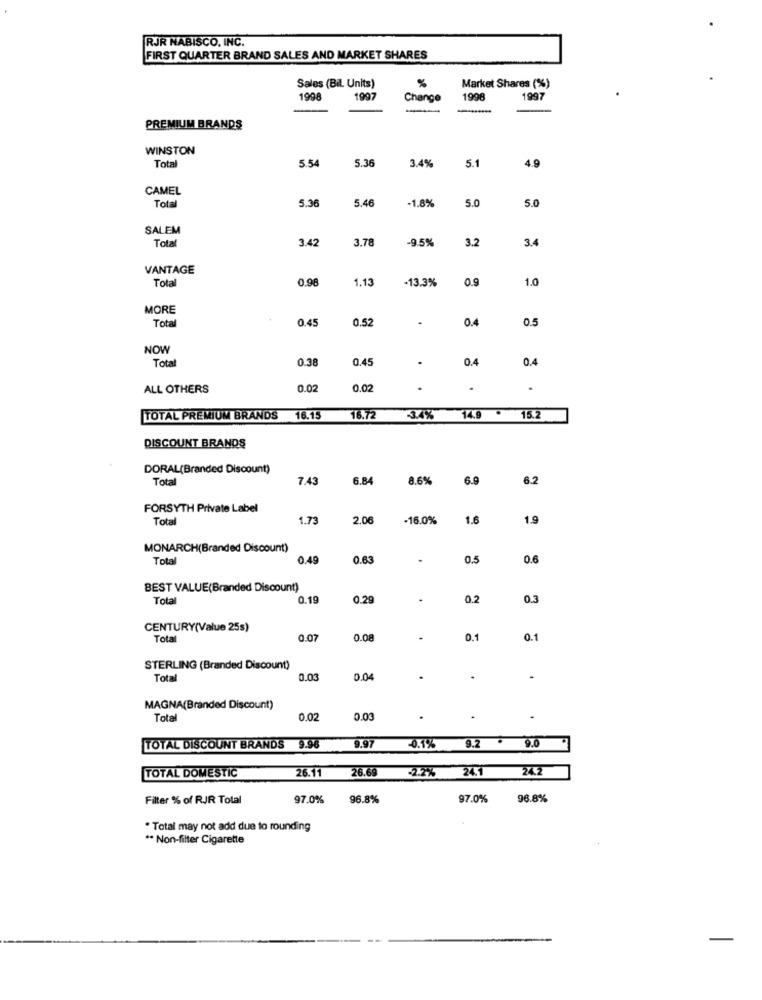
RJR NABISCO, INC.
FIRST QUARTER BRAND SALES AND MARKET SHARES
Sales (Bil. Units)
Market Shares (%)
199
1997
Change
1998
1997
-
PREMIUM BRANDS
WINSTON
Tota
5.54
5.36
3.4%
5.1
4.9
CAMEL
5.36
5.46
-1.8%
5.0
5.0
Total
SALEM
Total
3.42
3.78
-9.5%
3.2
34
VANTAGE
Total
0.98
1.13
-13.3%
0.9
1.0
MORE
Total
0.45
0.52
.
0.4
0.5
NOW
Total
0.38
0.45
.
0.4
0.4
ALL OTHERS
0.02
0.02
.
.
TOTAL PREMIUM BRANDS
16.15
16.72
134%
14.9
15.2
DISCOUNT BRANDS
DORAL(Branded Discount)
Total
7.43
6.84
8.6%
6.9
6.2
FORSYTH Private Label
Total
1.73
2.06
-16.0%
1.6
1.9
MONARCH(Branded Discount)
Total
0.49
0.63
.
0.5
0.6
BEST VALUE(Branded Discount)
Total
0.19
0.29
02
0.3
CENTURY(Value 25s)
Total
0.07
0.08
0.1
0.1
STERLING (Branded Discount)
Total
0.03
0.04
MAGNA(Branded Discount)
Tota
0.02
0.03
.
TOTAL DISCOUNT BRANDS 9.96
9.97
-0.1% 9.2 . 9.0
26.11
26.69
-2.2%
24.1
24.2
TOTAL DOMESTIC
Filter % of RJJR Total
97.0%
96.8%
97.0%
96.8%
. Total may not add due to rounding
** Non-filter Cigarette